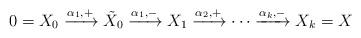
LaTeX: \begin{align*} 0=X_0 \xrightarrow{\alpha_1,+}\tilde{X}_0 \xrightarrow{\alpha_1,-}X_1\xrightarrow{\alpha_2,+} \cdots \xrightarrow{\alpha_k,-} X_k=X\end{align*}